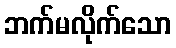
ဘက်မလိုက်သော